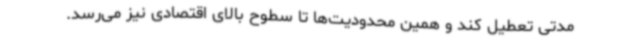
مدتی تعطیل کند و همین محدودیت‌ها تا سطوح بالای اقتصادی نیز می‌رسد.